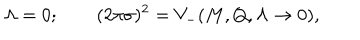
LaTeX: \Lambda = 0 ; \qquad ( 2 \pi \sigma ) ^ { 2 } = V _ { - } ( M , Q , \Lambda \to 0 ) ,